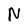
Character: N